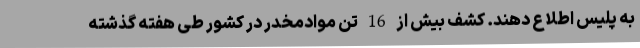
به پلیس اطلاع دهند. کشف بیش از 16 تن موادمخدر در کشور طی هفته گذشته